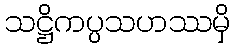
သဋ္ဌိကပ္ပသဟဿမှိ